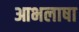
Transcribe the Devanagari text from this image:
आभलाषा